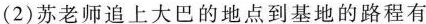
(2)苏老师追上大巴的地点到基地的路程有